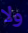
ولا